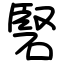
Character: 硻